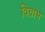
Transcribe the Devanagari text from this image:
विग्राम